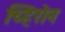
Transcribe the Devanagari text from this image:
च्हिरोन